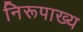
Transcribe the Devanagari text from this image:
निरूपाख्य